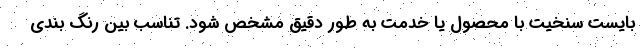
بایست سنخیت با محصول یا خدمت به طور دقیق مشخص شود. تناسب بین رنگ بندی